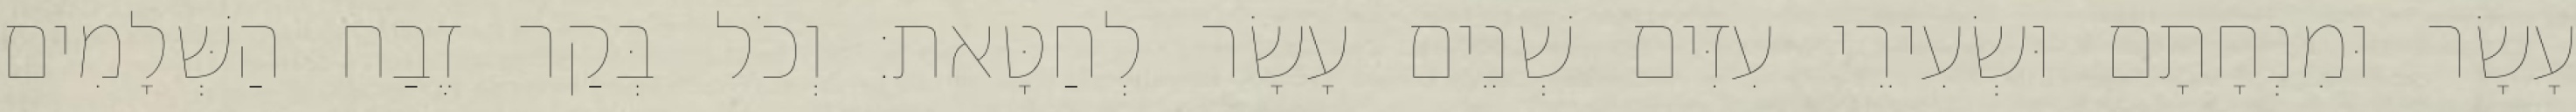
עָשָׂר וּמִנְחָתָם וּשְׂעִירֵי עִזִּים שְׁנֵים עָשָׂר לְחַטָּאת׃ וְכֹל בְּקַר זֶבַח הַשְּׁלָמִים